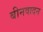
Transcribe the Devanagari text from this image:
बीनवादन